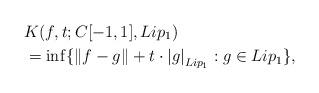
LaTeX: \begin{align*}&K(f,t;C[-1,1],Lip_1)\\&=\inf\{\left\|f-g\right\|+t\cdot \left|g\right|_{Lip_1}: g\in Lip_1\},\end{align*}